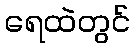
ရေထဲတွင်